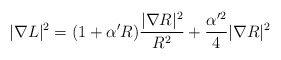
\begin{align*}|\nabla L|^2=(1+\alpha'R)\frac{|\nabla R|^2}{R^2}+\frac{\alpha'^2}{4}|\nabla R|^2\end{align*}